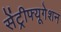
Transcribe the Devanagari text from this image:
सेंट्रीफ्यूगेशन